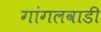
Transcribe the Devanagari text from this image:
गांगलवाडी